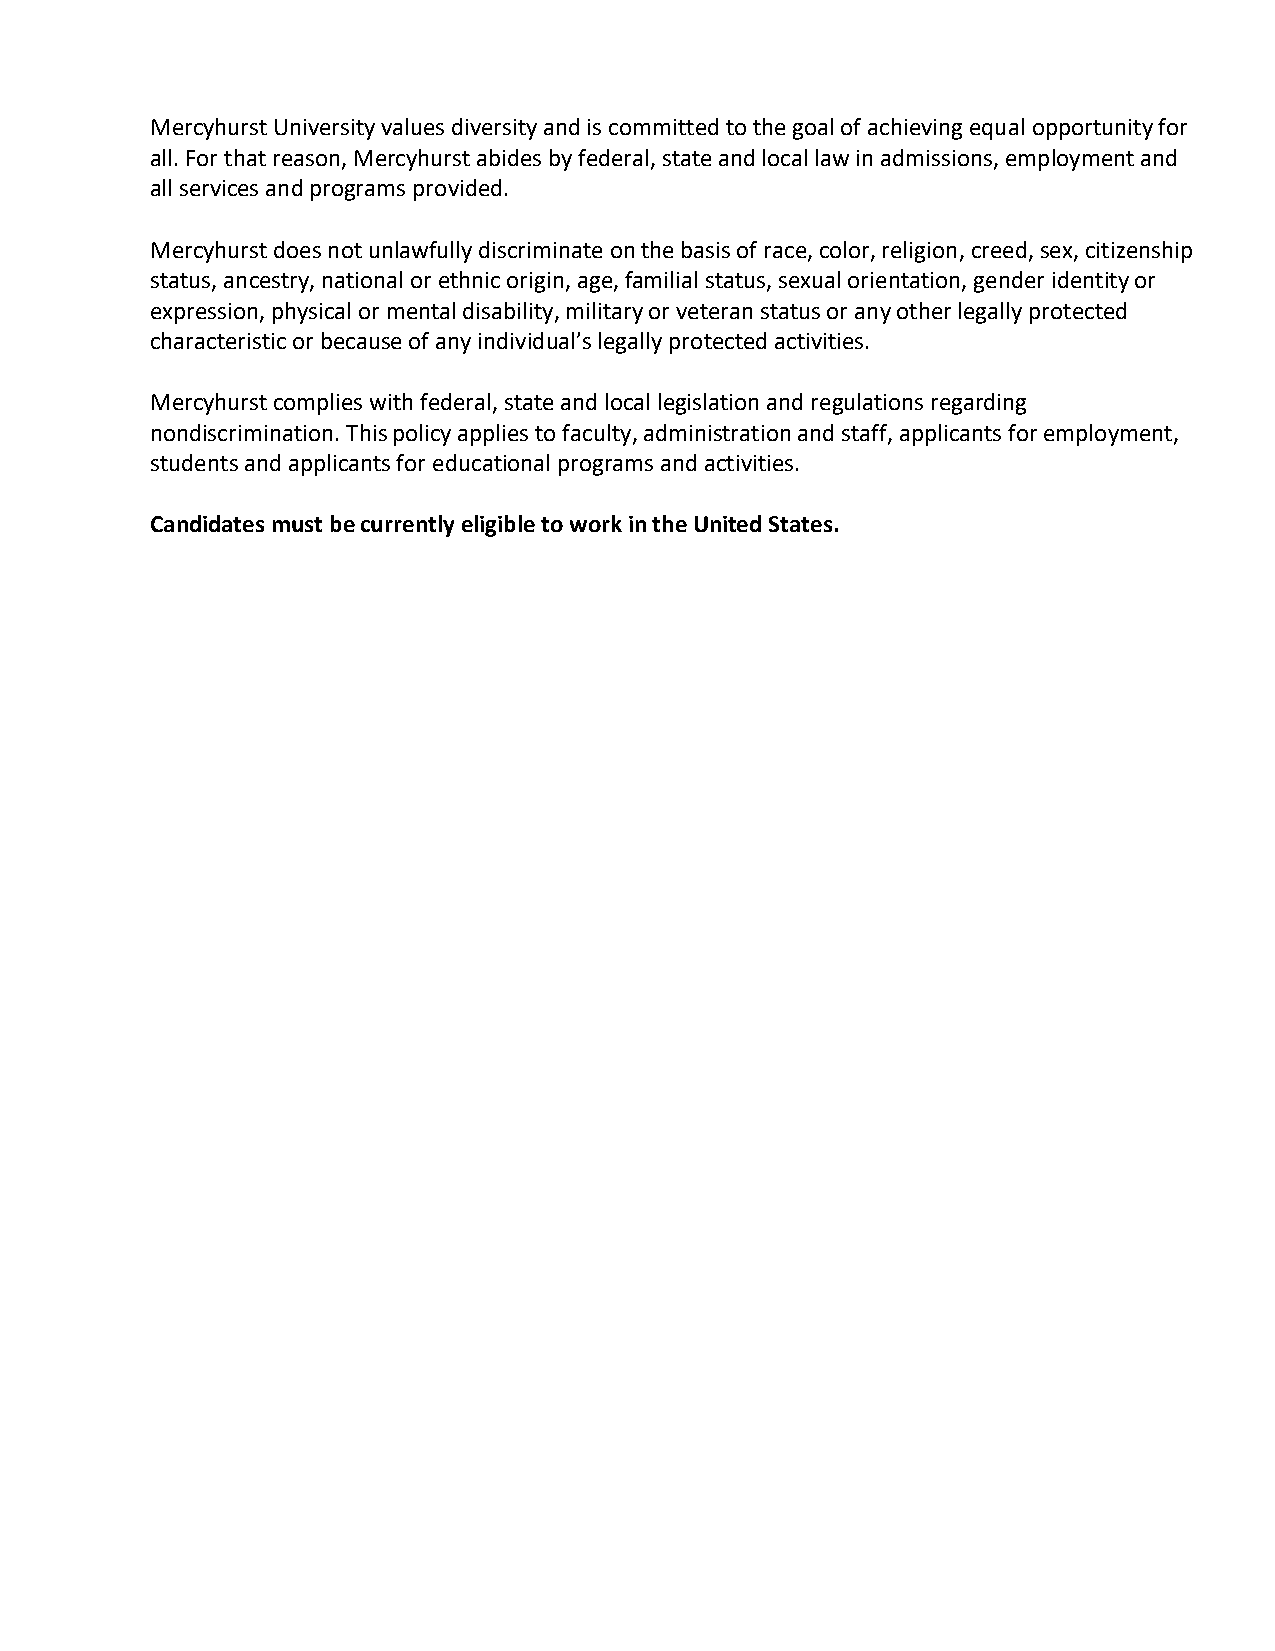
Mercyhurst University values diversity and is committed to the goal of achieving equal opportunity for
 all. For that reason, Mercyhurst abides by federal, state and local law in admissions, employment and
 all services and programs provided.
 Mercyhurst does not unlawfully discriminate on the basis of race, color, religion, creed, sex, citizenship
 status, ancestry, national or ethnic origin, age, familial status, sexual orientation, gender identity or
 expression, physical or mental disability, military or veteran status or any other legally protected
 characteristic or because of any individual’s legally protected activities.
 Mercyhurst complies with federal, state and local legislation and regulations regarding
 nondiscrimination. This policy applies to faculty, administration and staff, applicants for employment,
 students and applicants for educational programs and activities.
 Candidates must be currently eligible to work in the United States.